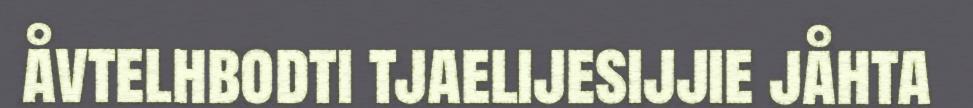
åvtelhbodti tjaelijesijjie jåhta